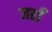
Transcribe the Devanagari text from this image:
जहाँं